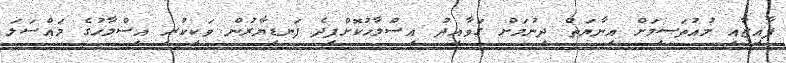
ފާއިޒާއި މުއުތަސިމަށް އިނާޔަތް ދިނުމަށް ގަވާއިދު އިސްލާހުކޮށްފިދެ ފަނޑިޔާރުން ވަކިކުރި އިސްލާހުގެ މައްސަލަ